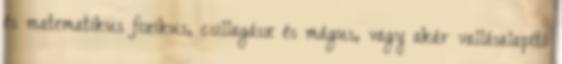
és matematikus fizikus, csillagász és mágus, vagy akár vallásalapító